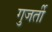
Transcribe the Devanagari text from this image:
गुजर्ती